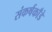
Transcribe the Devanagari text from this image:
संकर्षकाँडे